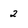
Character: 2